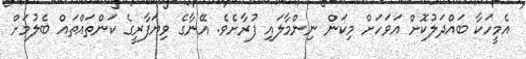
އެމީހަކާ ބައްދަލުކޮށް އަވަހަށް މިކަން ނިންމާލައި ފުރާށެވެ. އޭނާގެ ވިޔަފާރީގެ ކަންތައްތައް ބެލުމަށް